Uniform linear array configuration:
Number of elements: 64
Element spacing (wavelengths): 0.5
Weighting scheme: cosine
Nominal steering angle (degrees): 45
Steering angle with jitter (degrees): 45.416
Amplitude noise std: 0.05
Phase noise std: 0.05

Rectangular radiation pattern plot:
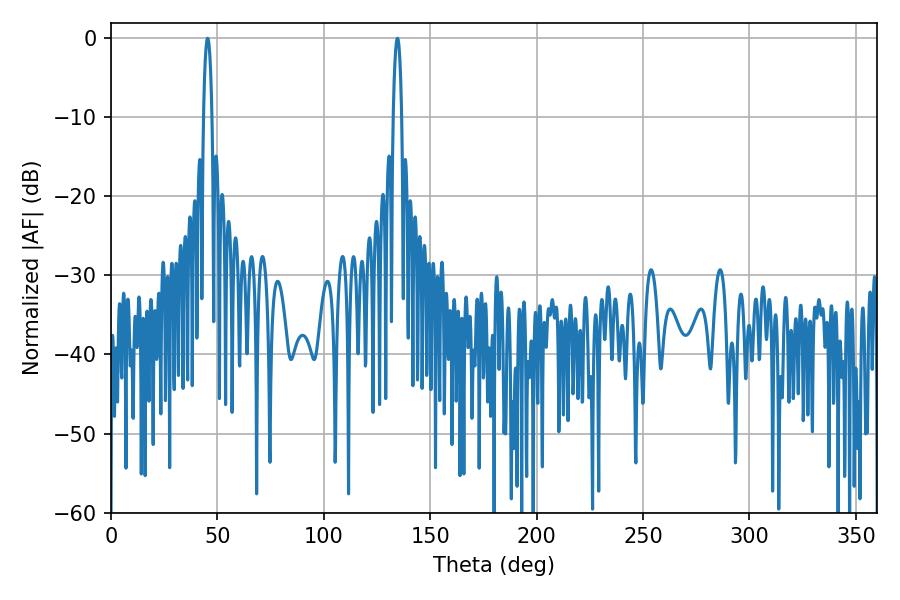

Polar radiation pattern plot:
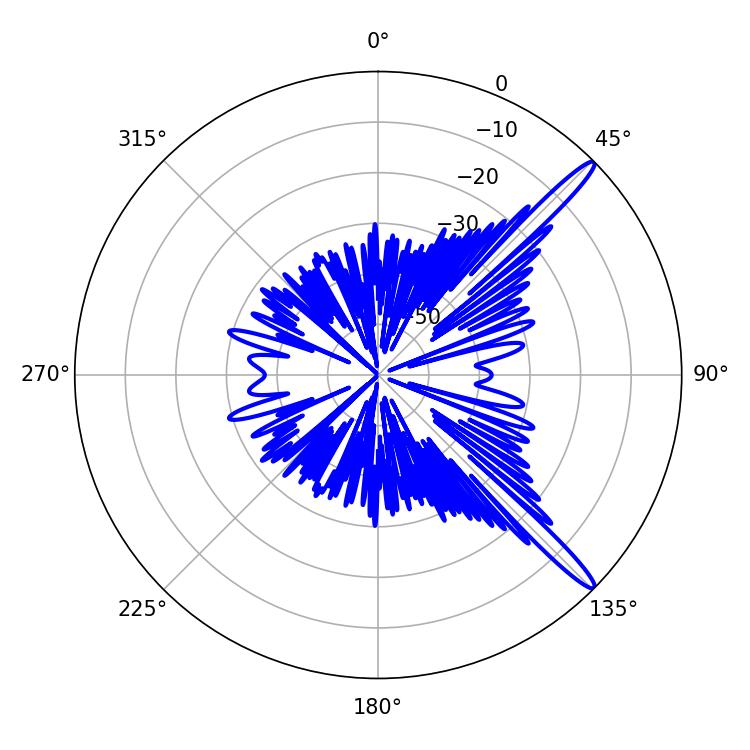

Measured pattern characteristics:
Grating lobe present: FALSE
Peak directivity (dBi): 14.978
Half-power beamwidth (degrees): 2.16
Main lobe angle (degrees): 134.64